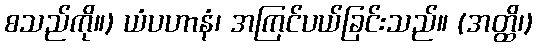
စသည်ကို။) ယံပဟာနံ၊ အကြင်ပယ်ခြင်းသည်။ (အတ္ထိ၊)